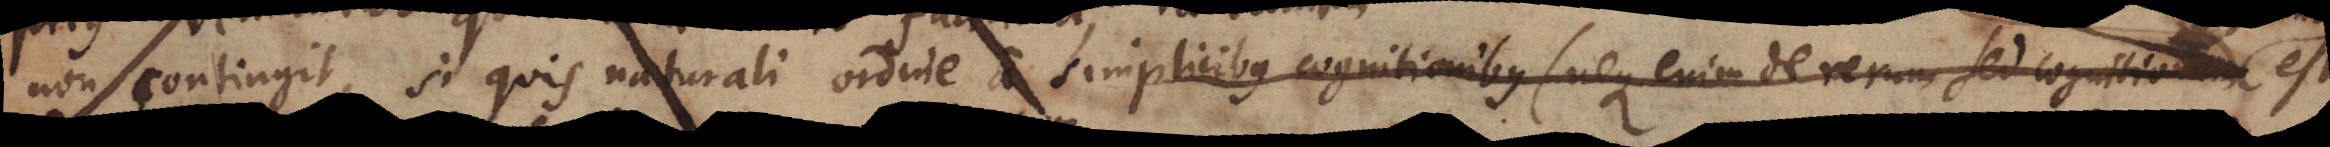
non contingit, si quis naturali ordine a simplicibus cognitionibus (neque enim de rerum sed cognitionum